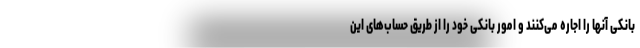
بانکی آنها را اجاره می‌کنند و امور بانکی خود را از طریق حساب‌های این